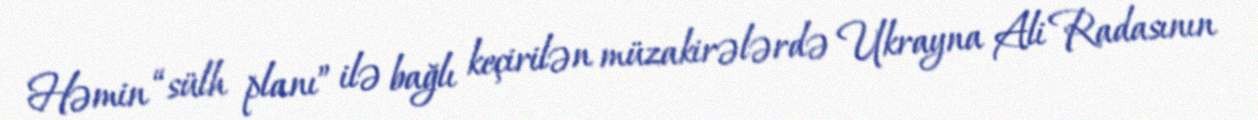
Həmin “sülh planı” ilə bağlı keçirilən müzakirələrdə Ukrayna Ali Radasının